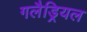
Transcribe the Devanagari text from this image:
गलैड्रियल